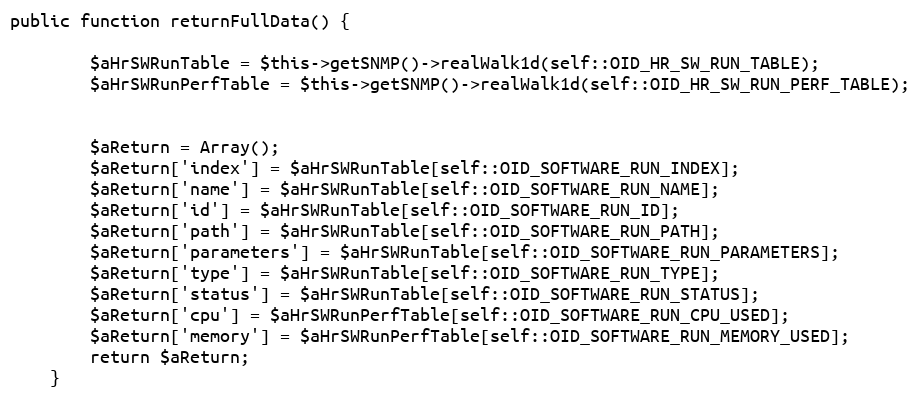
Language: PHP
public function returnFullData() {

        $aHrSWRunTable = $this->getSNMP()->realWalk1d(self::OID_HR_SW_RUN_TABLE);
        $aHrSWRunPerfTable = $this->getSNMP()->realWalk1d(self::OID_HR_SW_RUN_PERF_TABLE);

        $aReturn = Array();
        $aReturn['index'] = $aHrSWRunTable[self::OID_SOFTWARE_RUN_INDEX];
        $aReturn['name'] = $aHrSWRunTable[self::OID_SOFTWARE_RUN_NAME];
        $aReturn['id'] = $aHrSWRunTable[self::OID_SOFTWARE_RUN_ID];
        $aReturn['path'] = $aHrSWRunTable[self::OID_SOFTWARE_RUN_PATH];
        $aReturn['parameters'] = $aHrSWRunTable[self::OID_SOFTWARE_RUN_PARAMETERS];
        $aReturn['type'] = $aHrSWRunTable[self::OID_SOFTWARE_RUN_TYPE];
        $aReturn['status'] = $aHrSWRunTable[self::OID_SOFTWARE_RUN_STATUS];
        $aReturn['cpu'] = $aHrSWRunPerfTable[self::OID_SOFTWARE_RUN_CPU_USED];
        $aReturn['memory'] = $aHrSWRunPerfTable[self::OID_SOFTWARE_RUN_MEMORY_USED];
        return $aReturn;
    }